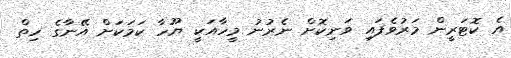
އެ ކޮޓަރީން މަރުވެފައި ވަނިކޮށް ނެރުނު މީހާއަކީ ޔޫހާ ކަމަކަށް އޭނާގެ ހިތް